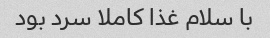
با سلام غذا کاملا سرد بود